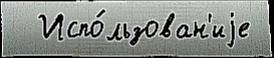
  Испо́льзован'иjе